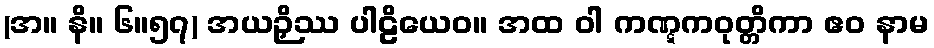
(အ။ နိ။ ၆။၅၇) အယဉှိဿ ပါဠိယေဝ။ အထ ဝါ ကဏ္ဋကဝုတ္တိကာ ဧဝ နာမ